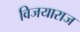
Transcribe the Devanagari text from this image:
विजयाराज